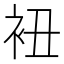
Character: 𧘥